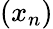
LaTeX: (x_{n})